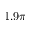
1 . 9 \pi